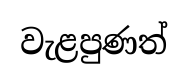
වැළපුණත්